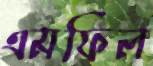
এমফিল